Document type: Emphyteutic lease
Year: 1473
Scribe: [Unknown]
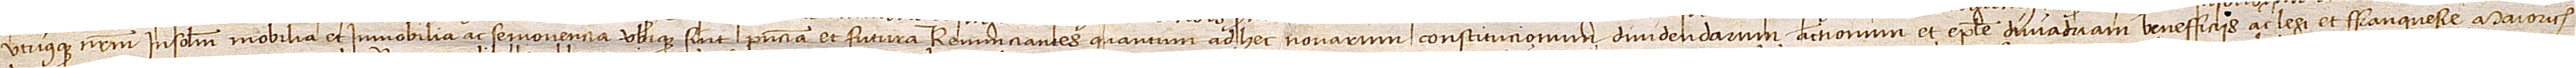
utriusque nostrum insolidum, mobilia et immobilia ac semoventia, ubique sunt presencia et futura. Renunciantes quantum ad hec novarum constitucionum, dividendarum actionum et epistole divi Adriani, beneficcis ac legi et franquesie Marioricarum